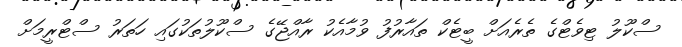
ސްކޫލު ޓިވެޓްގެ ތެރެއަށް ބީޓެކް ތައާރުފު ވުމާއެކު ރާއްޖޭގެ ސްކޫލުތަކުގައި ހަތަރު ސްޓްރީމަށް